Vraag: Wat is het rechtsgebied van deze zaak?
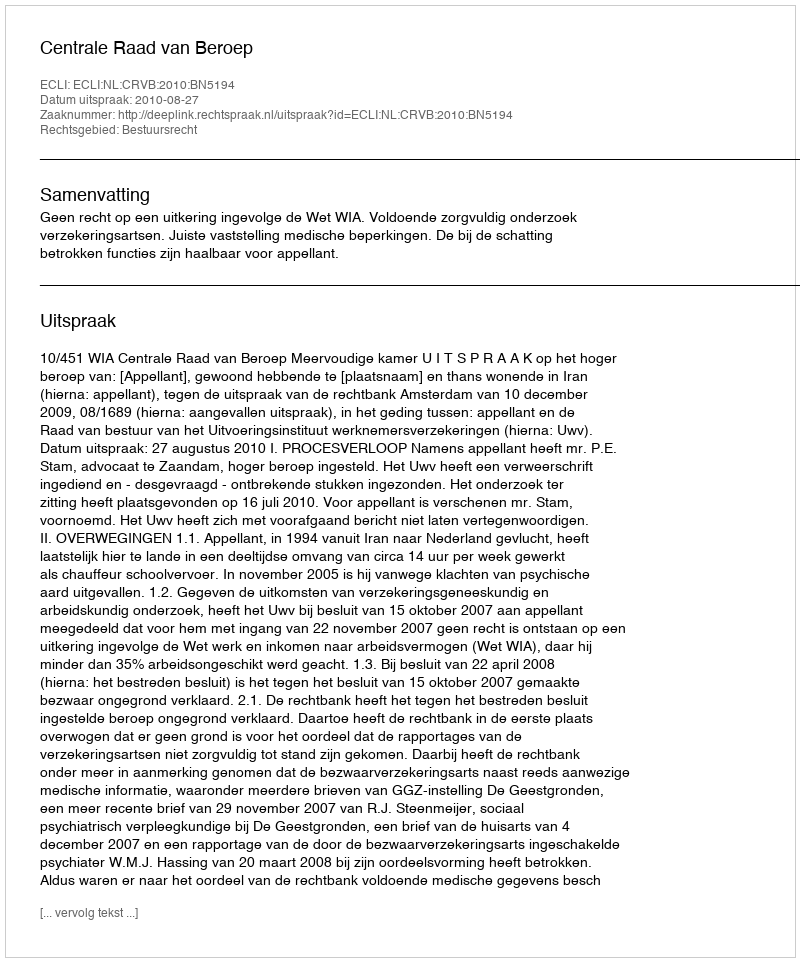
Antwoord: Bestuursrecht